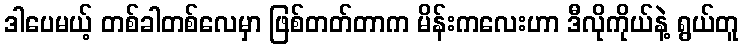
ဒါပေမယ့် တစ်ခါတစ်လေမှာ ဖြစ်တတ်တာက မိန်းကလေးဟာ ဒီလိုကိုယ်နဲ့ ရွယ်တူ